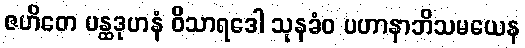
ဇဟိတေ ပန္ထဒုဟနံ ဝိသာရဒေါ သုနခံဝ ပဟာနာဘိသမယေန